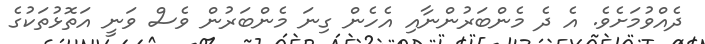
ދެއްވުމަށެވެ. އެ ދެ މެންބަރުންނާއި އެހެން ގިނަ މެންބަރުން ވެސް ވަނީ އަތޮޅުތަކުގެ